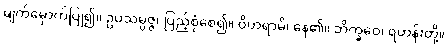
မျက်မှောက်ပြု၍။ ဥပသမ္ပဇ္ဇ၊ ပြည့်စုံစေ၍။ ဝိဟရာမိ၊ နေ၏။ ဘိက္ခဝေ၊ ရဟန်းတို့။